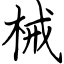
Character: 械